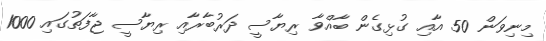
މިނިވަން 50 އާއި ގުޅިގެން ބާއްވާ ރިޔާސީ ދަރުބާރާއި ރިޔާސީ ޖާފަތުގައި 1000